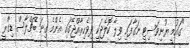
"ގައުމީ ޔުނިވަސިޓީ ނަގާފައި ވިލާ ކޮލެޖަކީ ދިވެހިރާއްޖޭގައި އެންމެ ގިނަ ބެޗްލާސް ޑިގްރީ